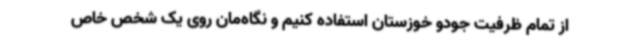
از تمام ظرفیت جودو خوزستان استفاده کنیم و نگاه‌مان روی یک شخص خاص